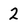
Character: 2